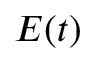
\ensuremath { \boldsymbol { E } } ( t )